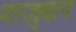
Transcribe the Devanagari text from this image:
मरज़ुबान